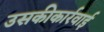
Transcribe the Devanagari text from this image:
उसकीकार्रवाई